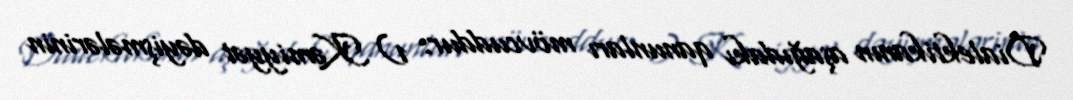
Dialektikanın aşağıdakı qanunları mövcuddur: 1) Kəmiyyət dəyişmələrinin